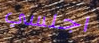
اجلسي